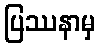
ပြဿနာမှ